Civil Veterinary Department. United Provinces 1923-31 - 1923-1931
Year: 1923
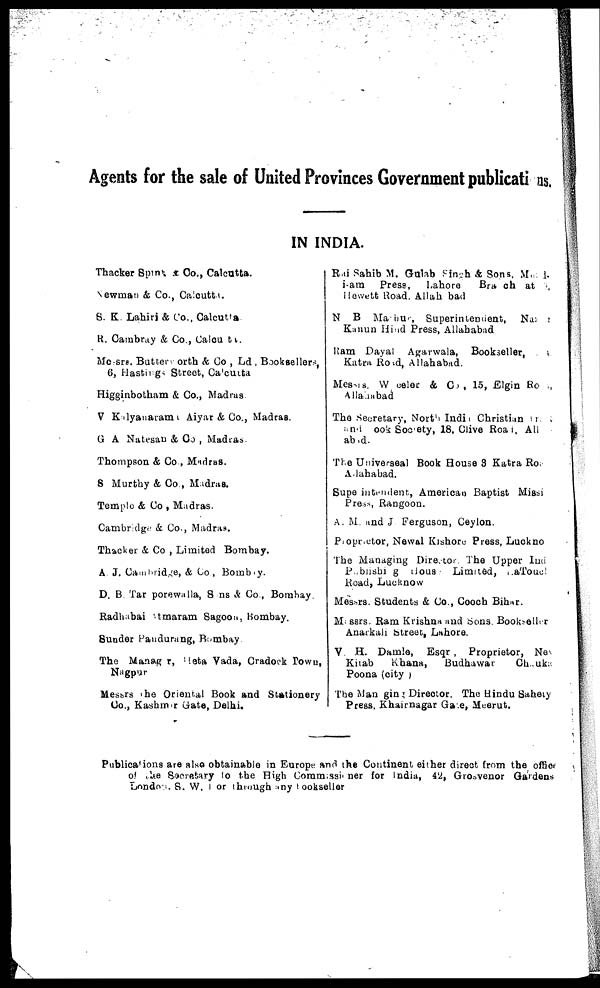
Agents for the sale of United Provinces Government publications.
IN INDIA.
Thacker Spink & Co., Calcutta.
Newman & Co., Calcutta.
S. K. Lahiri & Co., Calcutta.
R. Cambray & Co., Calcutta.
Messrs. Butter worth & Co , Ld , Booksellers,
6, Hastings Street, Calcutta
Higginbotham & Co., Madras.
V Kalyanarama Aiyar & Co., Madras.
G A Natesan & Co , Madras.
Thompson & Co., Madras.
S Murthy & Co., Madras.
Temple & Co , Madras.
Cambridge & Co., Madras.
Thacker & Co , Limited Bombay.
A. J. Cambridge, & Co , Bombay.
D. B. Tar porewalla, Sons & Co., Bombay.
Radhabai Atmaram Sagoon, Bombay.
Sunder Pandurang, Bombay
The Manager, Meta Vada, Cradock Town,
Nagpur
Messrs the Oriental Book and Stationery
Co., Kashmir Gate, Delhi.
Rai Sahib M. Gulab Singh & Sons, M
i-am
Press,
Lahore
Branch at
Hewett Road. Allah bad
N B Marbur, Superintendent, Na
Kanun Hind Press, Allahabad
Ram Dayal Agarwala, Bookseller,
Katra Road, Allahabad.
Messrs. W eeler & Co , 15, Elgin Road,
Allahabad
The Secretary, North India Christian
and Book Society, 18, Clive Road, Alla-
habad.
The Universeal Book House 3 Katra Road
Allahabad.
Superintendent, American Baptist Missi
Press, Rangoon.
A. M. and J. Ferguson, Ceylon.
Proprietor, Newal Kishore Press, Luckno
The Managing Director. The Upper Ind
Publishing Hous; Limited, LaToucl
Road, Lucknow
Messrs. Students & Co., Cooch Bihar.
Messrs. Ram Krishna and Sons, Bookseller
Anarkali Street, Lahore.
V. H. Damle, Esqr , Proprietor, Nev
Kitab
Khana,
Budhawar
Chauka
Poona (city )
The Managing Director. The Hindu Sahety
Press, Khairnagar Gate, Meerut.
Publications are also obtainable in Europe and the Continent either direct from the office
of the Secretary to the High Commissioner for India, 42, Grosvenor Gardens
London, S. W. I or through any bookseller